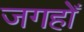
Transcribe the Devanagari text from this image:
जगहोँ